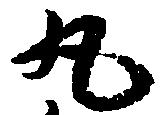
丸